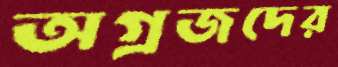
অগ্রজদের